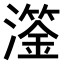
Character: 𤁈